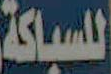
للسباكة